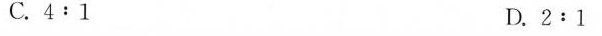
C.4:1 D.2:1